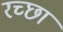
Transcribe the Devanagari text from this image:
रच्‍छा